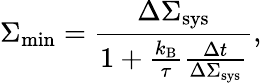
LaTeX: \Sigma_{\mathrm{min}}=\frac{\Delta\Sigma_{\mathrm{sys}}}{1+\frac{k_{\mathrm{B}}}{\tau}\frac{\Delta t}{\Delta\Sigma_{\mathrm{sys}}}},